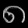
Digit: ၈